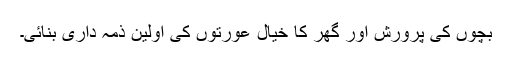
بچوں کی پرورش اور گھر کا خیال عورتوں کی اولین ذمہ داری بنائی۔